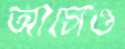
আসেও